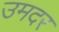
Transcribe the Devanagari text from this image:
उमदर